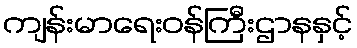
ကျန်းမာရေးဝန်ကြီးဌာနနှင့်